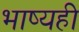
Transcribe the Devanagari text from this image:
भाष्यही